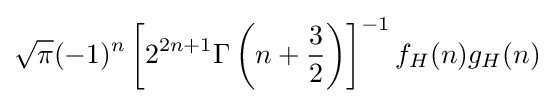
{\sqrt {\pi }}(-1)^{n}\left[2^{2n+1}\Gamma \left(n+{\frac {3}{2}}\right)\right]^{-1}f_{H}(n)g_{H}(n)